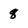
Character: 8